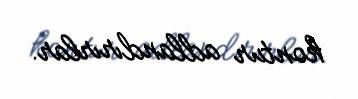
kontur adlandırırlar.